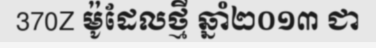
370Z ម៉ូដែលថ្មី ឆ្នាំ២០១៣ ជា